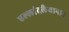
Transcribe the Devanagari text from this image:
एल्लांदलैयानान्